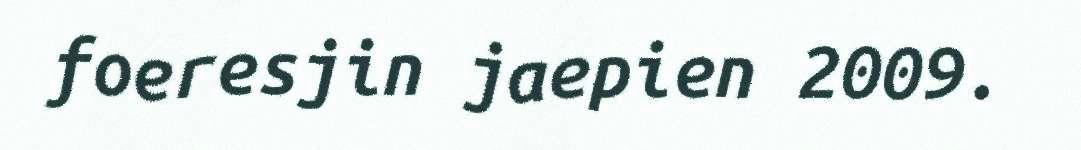
foeresjin jaepien 2009.